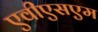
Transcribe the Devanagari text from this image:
एवीएसएम